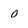
Character: 0